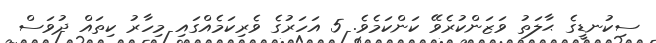
ސިކުނޑީގެ ޙާލަތު ވަޒަންކުރެވޭ ކަންކަމެވެ. 5 އަހަރުގެ ވެރިކަމެއްގައި މިހާރު ކިތައް ދުވަސް